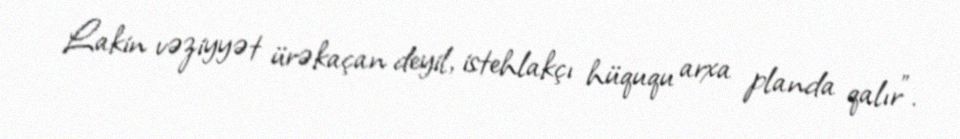
Lakin vəziyyət ürəkaçan deyil, istehlakçı hüququ arxa planda qalır”.